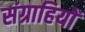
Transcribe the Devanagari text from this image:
संग्राहियों